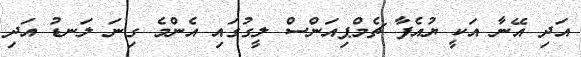
އަދި އޭނާ އަކީ ޔުއެފާ ޗެމްޕިއަންސް ލީގުގައި އެންމެ ގިނަ ލަނޑު އަދި